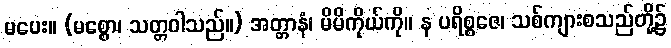
မပေး။ (မစ္စော၊ သတ္တဝါသည်။) အတ္တာနံ၊ မိမိကိုယ်ကို။ န ပရိစ္စဇေ၊ သစ်ကျားစသည်တို့၌